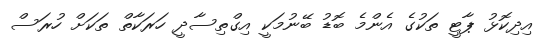
އިދިކޮޅު ޕާޓީ ތަކުގެ އެންމެ ބޮޑު ބޭނުމަކީ އިގްތިސާދީ ހަރަކާތް ތަކަށް ހުރަސް